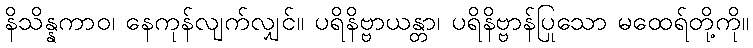
နိသိန္နကာဝ၊ နေကုန်လျက်လျှင်။ ပရိနိဗ္ဗာယန္တာ၊ ပရိနိဗ္ဗာန်ပြုသော မထေရ်တို့ကို။